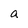
Character: a